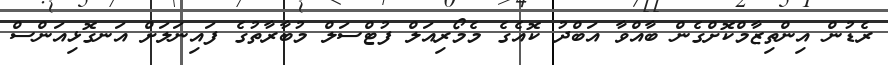
ރެޑުން އިންތިޒާމްކޮށްގެން ބާއްވާ އަބްދު ކޮއެގެ މެމޯރިއަލް ފުޓްސަލް މުބާރާތުގެ ފައިނަލަށް އަނގޮޅިއަންސް